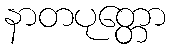
နာတပုတ္တော